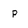
Character: p